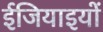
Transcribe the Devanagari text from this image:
ईजियाइयों